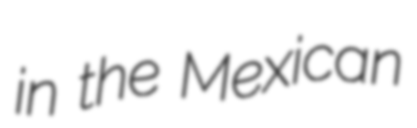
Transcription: in the Mexican